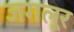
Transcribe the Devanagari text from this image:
जगलूर